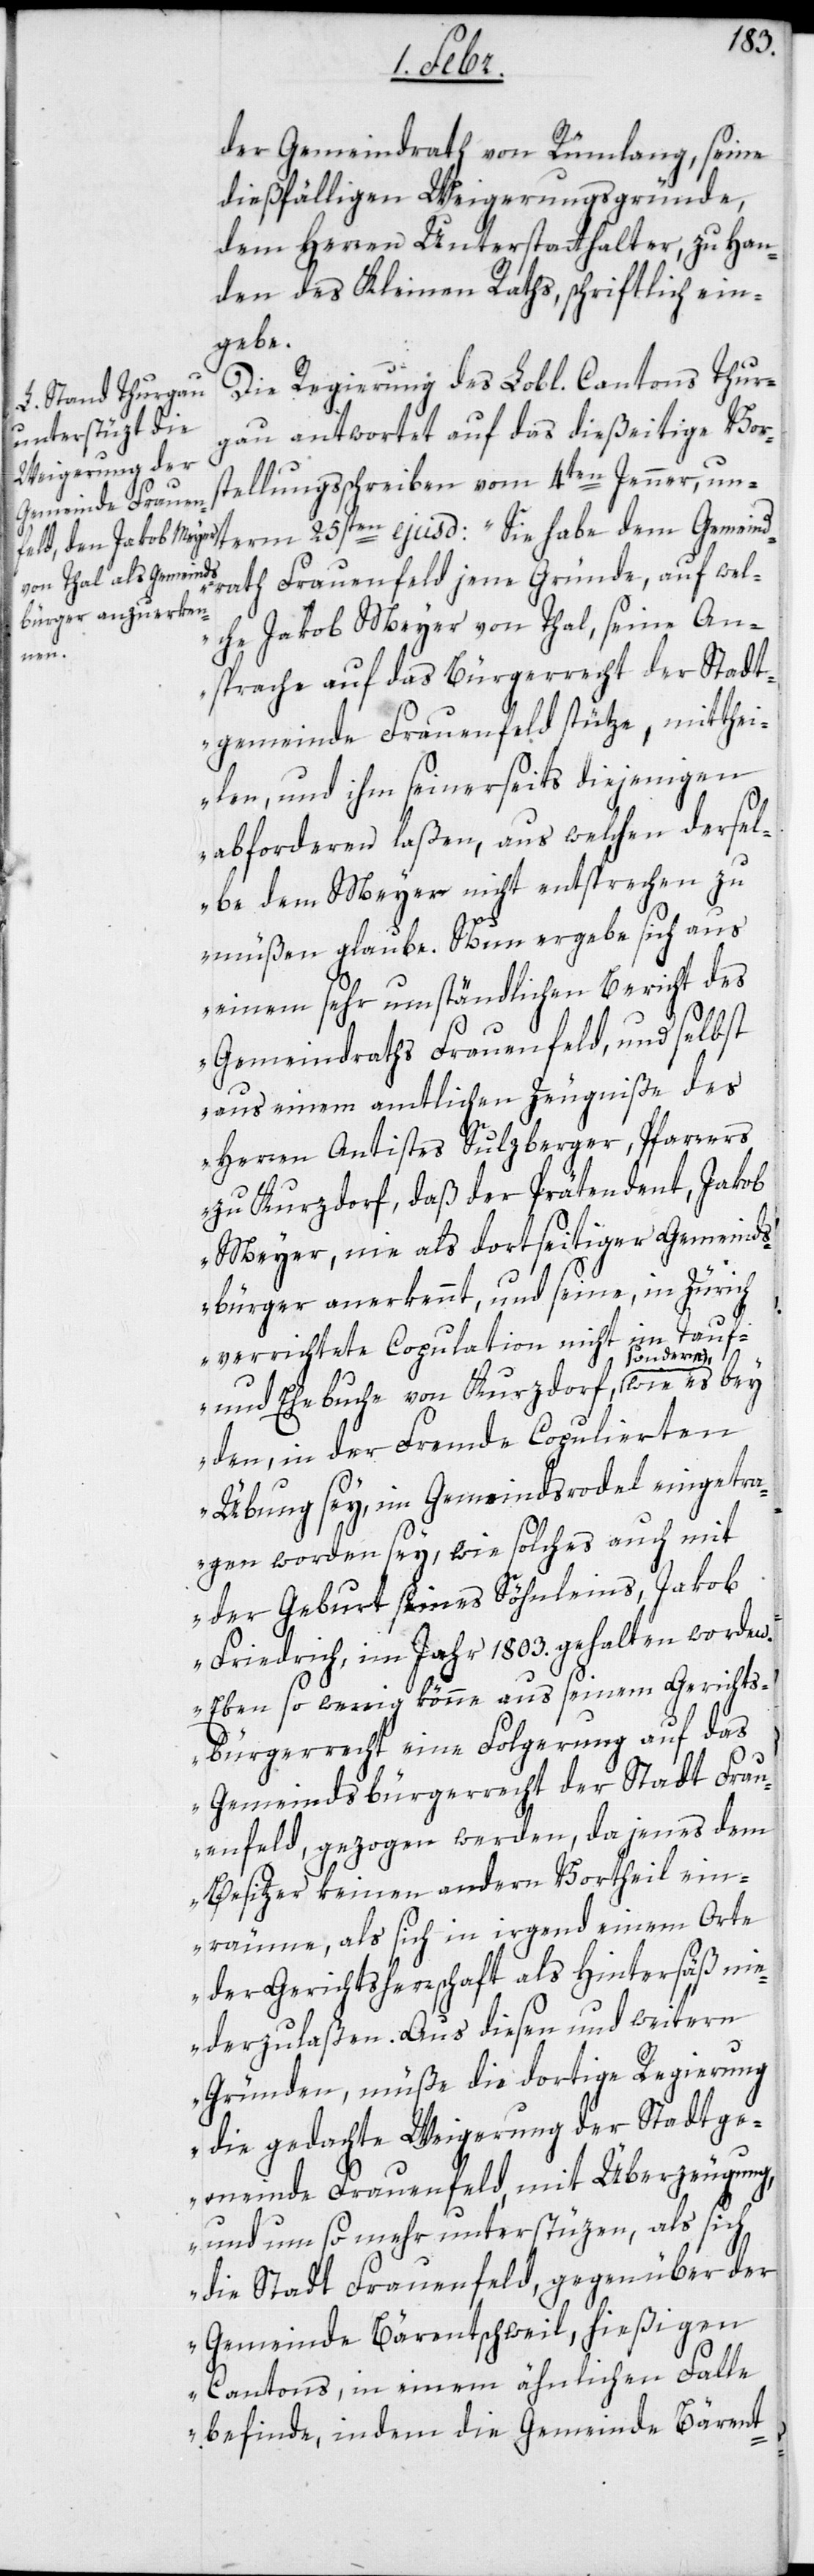
der Gemeindrath von Rümlang seine
dießfälligen Weigerungsgründe,
dem Herren Unterstatthalter, zu Han¬
den des Kleinen Raths, schriftlich ein¬
gebe.
Die Regierung des Lobl. Cantons Thur¬
gau antwortet auf das dießeitige Vor¬
stellungsschreiben vom 4ten Jenner, un¬
term 25sten ejusd.: „Sie habe dem Gemein¬
drath Frauenfeld jene Gründe, auf wel¬
che Jakob Meyer von Thal, seine An¬
sprache auf das Bürgerrecht der Stadt¬
gemeinde Frauenfeld stütze, mitthei¬
len, und ihm seinerseits diejenigen
abforderen laßen, aus welchen dersel¬
be dem Meyer nicht entsprechen zu
müßen glaube. Nun ergebe sich aus
einem sehr umständlichen Bericht des
Gemeindraths Frauenfeld, und selbst
aus einem amtlichen Zeugniße des
Herren Antistes Sulzberger, Pfarrers
zu Kurzdorf, daß der Prätendent, Jakob
Meyer, nie als dortseitiger Gemeinds¬
bürger anerkennt, und seine, in Zürich
errichtete Copulation nicht im Tauf-
und Ehebuche von Kurzdorf, sondern, wie
den, in der Fremde Copulierten
Übung sey, im Gemeindsrodel eingetra¬
gen worden sey, wie solches auch mit
der Geburt seines Söhnleins, Jakob
Friedrich, im Jahr 1803. gehalten worden.
Eben so wenig könne aus seinem Gerichts¬
bürgerrecht eine Folgerung auf das
Gemeindsbürgerrecht der Stadt Frau¬
enfeld, gezogen werden, da jenes dem
Besitzer keinen andern Vortheil ein¬
räume, als sich in irgend einem Orte
der Gerichtsherrschaft als Hintersäß ni¬
ederzulaßen. Aus diesen und weitern
Gründen, müße die dortige Regierung
die gedachte Weigerung der Stadtge¬
meinde Frauenfeld, mit Überzeugung,
und umso mehr unterstüzen, als sich
die Stadt Frauenfeld, gegenüber der
Gemeinde Bärentschweil, hießigen
Cantons, in einem ähnlichen Falle
befinde, indem die Gemeinde Bärent-